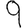
Digit: 9